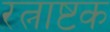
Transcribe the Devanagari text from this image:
रत्नाष्टक